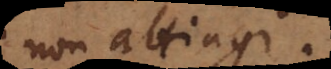
non attingi.